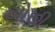
ઓછી